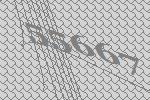
55667